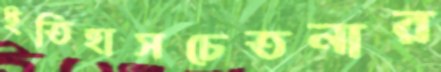
ইতিহাসচেতনার